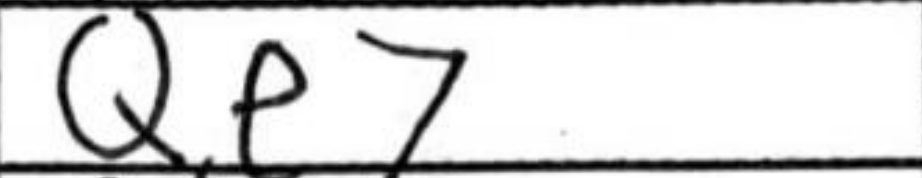
Transcription: Qe7